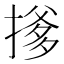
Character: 𪮟